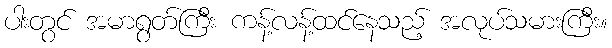
ပါးတွင် အမာရွတ်ကြီး ကန့်လန့်ထင်နေသည့် အလုပ်သမားကြီး။